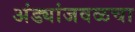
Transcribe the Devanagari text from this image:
अंड्यांजवळचा